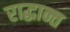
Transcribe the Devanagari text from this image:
राद्धान्त